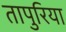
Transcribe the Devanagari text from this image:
तापुरिया